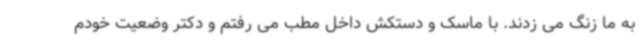
به ما زنگ می زدند. با ماسک و دستکش داخل مطب می رفتم و دکتر وضعیت خودم